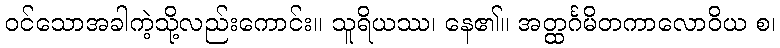
ဝင်သောအခါကဲ့သို့လည်းကောင်း။ သူရိယဿ၊ နေ၏။ အတ္ထင်္ဂမိတကာလောဝိယ စ၊